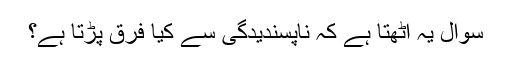
سوال یہ اٹھتا ہے کہ ناپسندیدگی سے کیا فرق پڑتا ہے؟